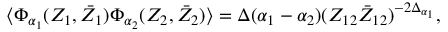
\langle \Phi _ { \alpha _ { 1 } } ( Z _ { 1 } , \bar { Z } _ { 1 } ) \Phi _ { \alpha _ { 2 } } ( Z _ { 2 } , \bar { Z } _ { 2 } ) \rangle = \Delta ( \alpha _ { 1 } - \alpha _ { 2 } ) ( Z _ { 1 2 } \bar { Z } _ { 1 2 } ) ^ { - 2 \Delta _ { \alpha _ { 1 } } } ,